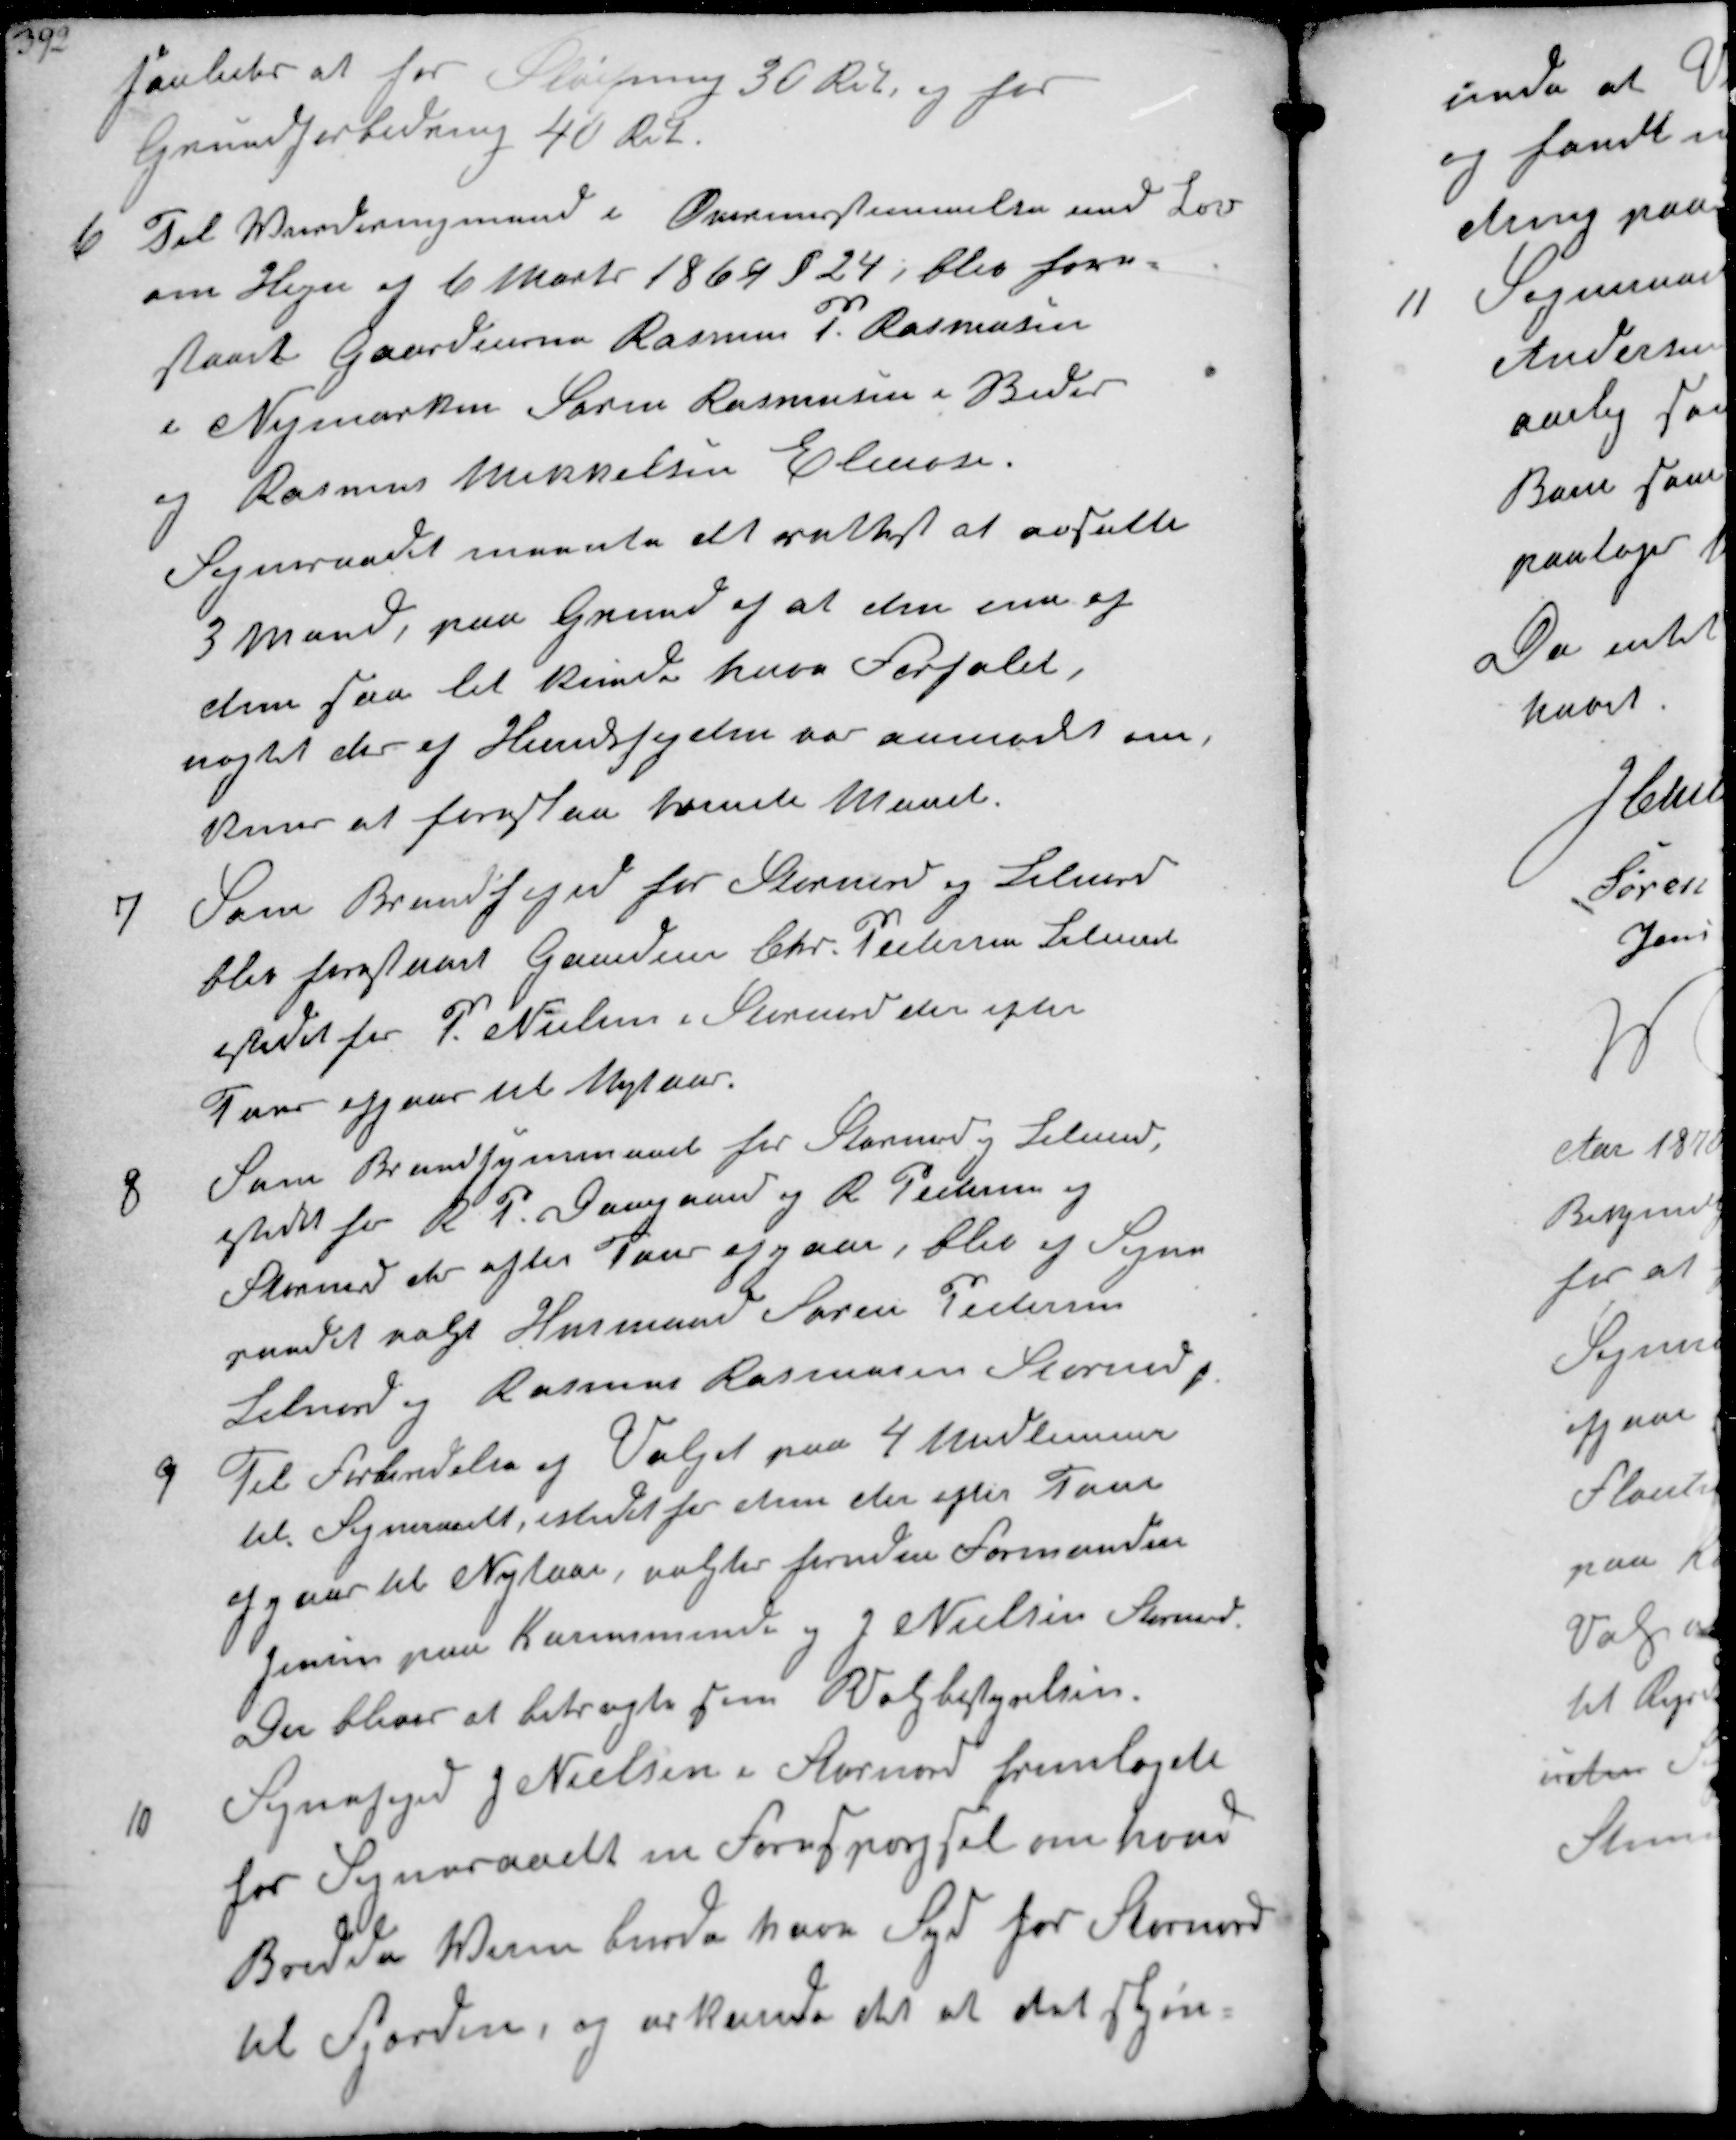
Transskription:
saaledes at for Pløjning 30 Rdl, og for
Grundforbedring 40 Rdl

6
Til Vurderingmand i Overensstemmelse med Lov
om Hegn af 6 Marts 1869 § 24. blev fore-
slaaet Gaardejerne Rasmus P. Rasmussen
i Nymarken Søren Rasmussen i Beder
og Rasmus Mikkelsen Elmose.
Sogneraadet meente at rettest at ansætte
3 Mand, paa Grund af at den ene og
dem saa let kunde have Forfald
nægtet der af Herredsfogden var anmodet om,
kun at foreslaae tvende Mand

7
Som Brandfoged for Stornord og Lilnord
blev forestaaet Gaardejer Chr. Pedersen Lilnord
istedet for P. Nielsen i Stornord der efter
Tour afgaar til Nytaar.

8
Som Brandsynsmand for Stornord og Lilnord
istedet for R P Damgaard og R Pedersen af
Stornord der efter Tour afgaar, blev af Sogne-
raadet valgt Husmand Søren Pedersen
Lilnord og Rasmus Rasmussen Stornord ₻

9
til Forberedelse af Valget paa 4 Medlemmer
til Sogneraadet, istedet for den efter Tour
afgaar til Nytaar, valgtes foruden Formanden
Jensen paa Karensminde og J Nielsen Stornord
De bliver at betragte som Valgbestyrelsen.

10
Sognefoged J Nielsen i Stornord fremlagde
for Sogneraadet en Forespørgsel om hvad
Bredde Vejen burde have Syd for Stornord
til Fjorden, og erkende det at det skjøn-